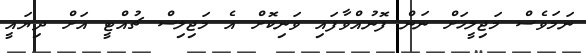
ނަމަވެސް މަޖިލީހަށް ނަން ފޮނުއްވާފައި ވަނިކޮށް އެ މަޖިލިސް ޗުއްޓީ އަށް ދިޔައީ